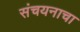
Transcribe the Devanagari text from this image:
संचयनाचा